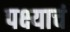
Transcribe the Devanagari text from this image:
पक्ष्याचं